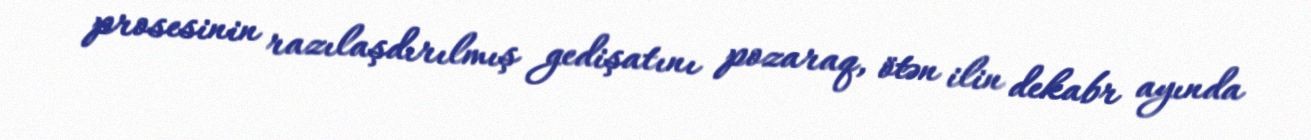
prosesinin razılaşdırılmış gedişatını pozaraq, ötən ilin dekabr ayında